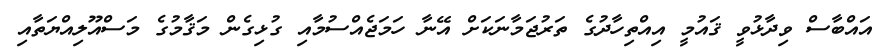
އައްބާސް ވިދާޅުވީ ޤައުމީ އިއްތިހާދުގެ ތަރުޖަމާނަކަށް އޭނާ ހަމަޖެއްސުމާއި ގުޅިގެން މަޤާމުގެ މަސްއޫލިއްޔަތާއި